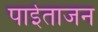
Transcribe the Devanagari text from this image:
पाईताजन